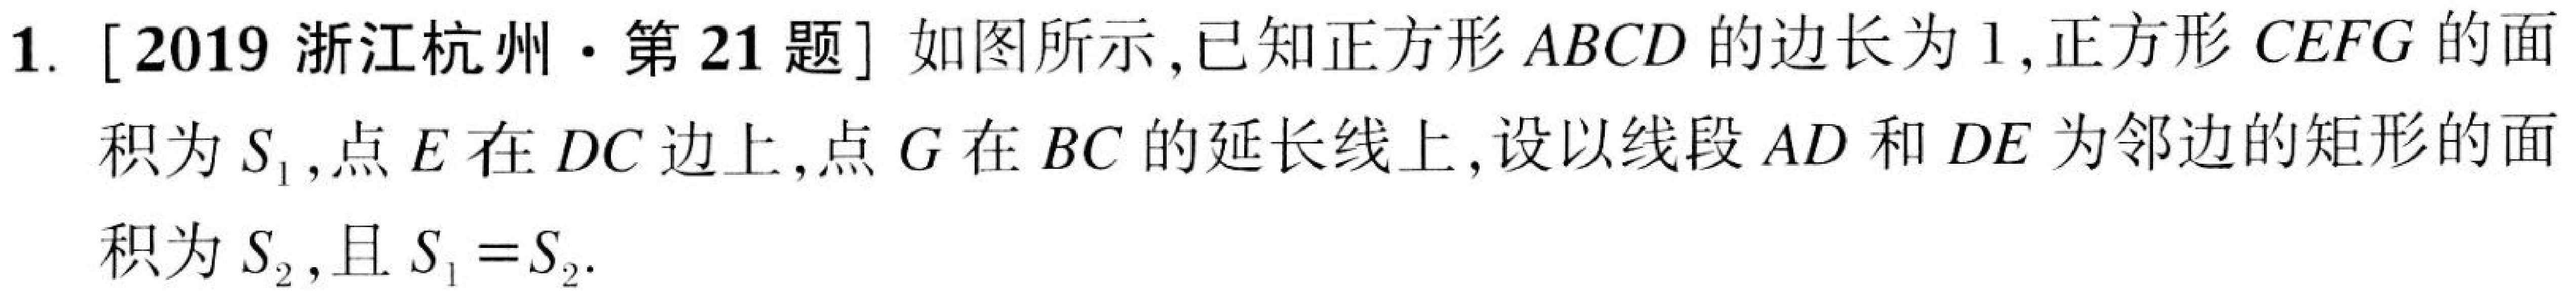
1. [2019 浙江杭州·第 21 题] 如图所示，已知正方形 \(ABCD\) 的边长为 \(1\)，正方形 \(CEFG\) 的面积为 \(S_{1}\)，点 \(E\) 在 \(DC\) 边上，点 \(G\) 在 \(BC\) 的延长线上，设以线段 \(AD\) 和 \(DE\) 为邻边的矩形的面积为 \(S_{2}\)，且 \(S_{1}=S_{2}\).